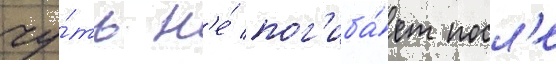
чу́ть н'е́ пог'иба́ет посл'е